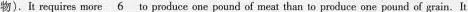
物).It requires more \underline{6} to produce one pound of meat than to pmduce one pound of grain. It